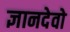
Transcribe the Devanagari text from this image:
ज्ञानदेवो